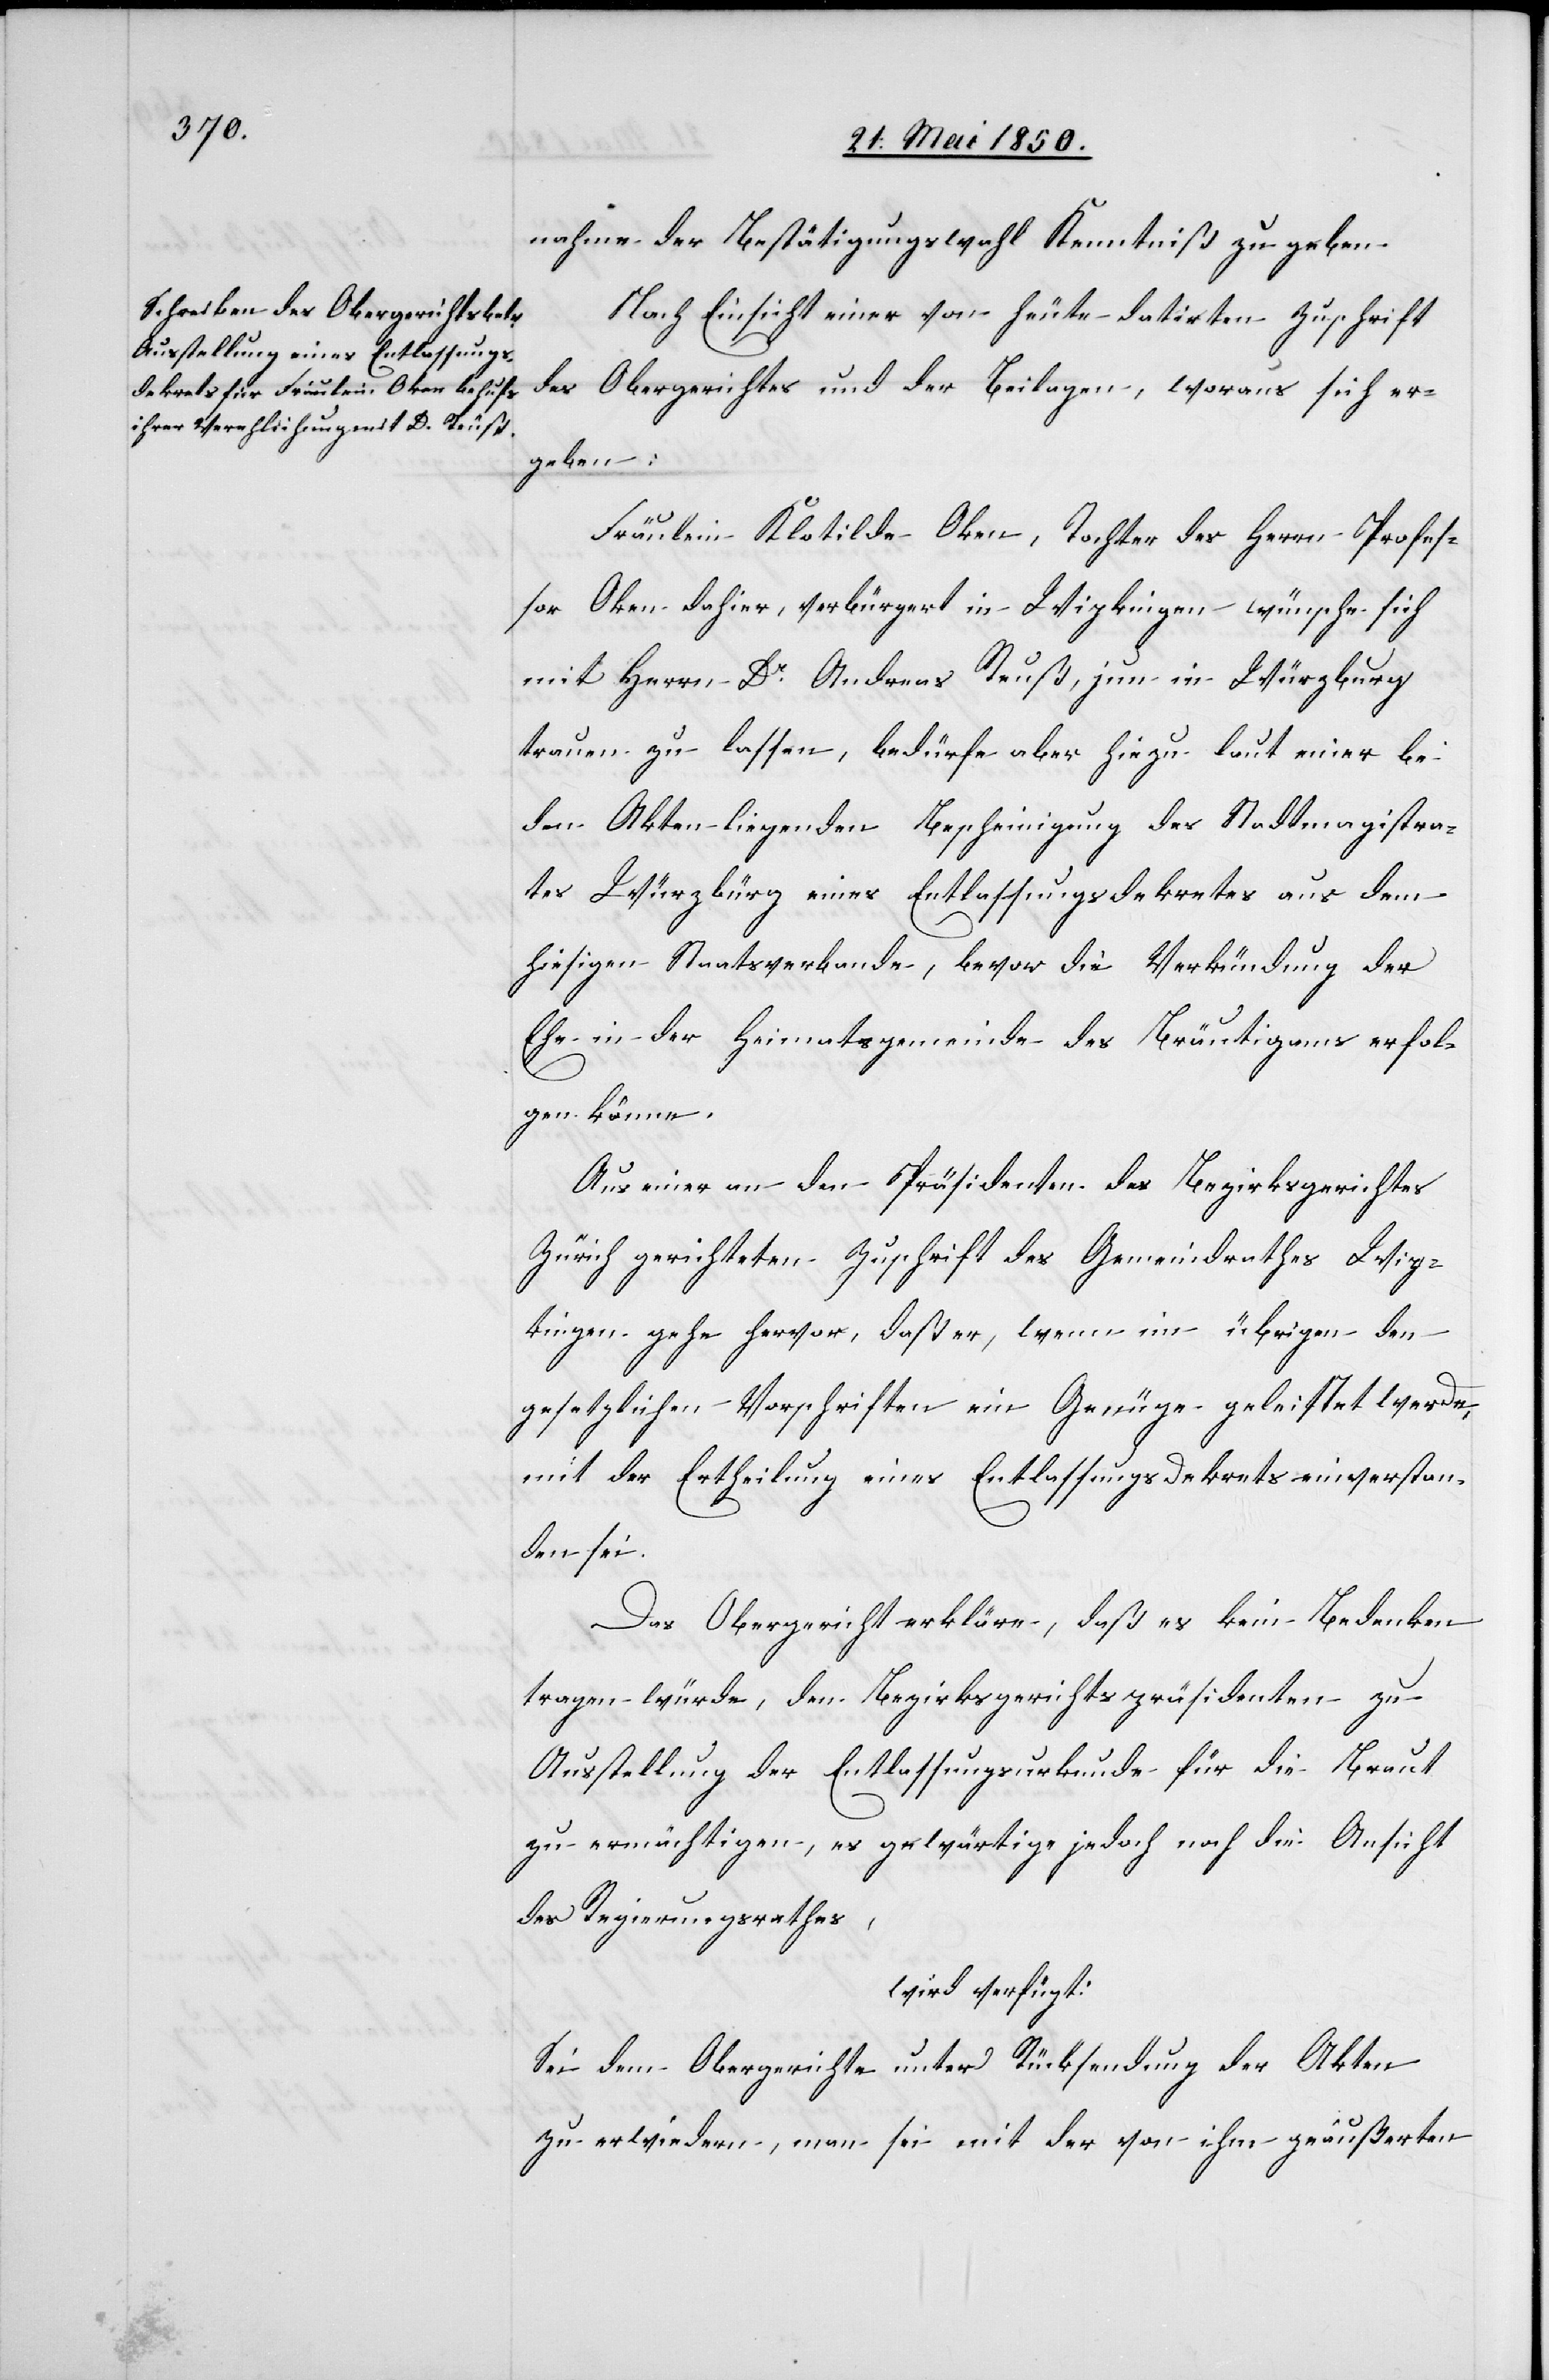
21. Mai 1850.]
nahme der Bestätigungswahl Kenntniß zu geben.
Nach Einsicht einer von heute datirten Zuschrift
des Obergerichtes und der Beilagen, woraus sich er¬
geben:
Fräulein Klotilde Oken, Tochter des Herrn Profes¬
sor Oken dahier, verbürgert in Wipkingen wünsche sich
mit Herrn Dr Andreas Reuß, jun in Würzburg
trauen zu lassen, bedürfe aber hiezu laut einer bei
den Akten liegenden Bescheinigung des Stadtmagistra¬
tes Würzbürg eines Entlassungsdekretes aus dem
hiesigen Staatsverbande, bevor die Verkündung der
Ehe in der Heimatsgemeinde des Bräutigams erfol¬
gen könne.
Aus einer an den Präsidenten des Bezirksgerichtes
Zürich gerichteten Zuschrift des Gemeindrathes Wip¬
kingen gehe hervor, daß er, wenn im übrigen den
gesetzlichen Vorschriften ein Genüge geleistet werde,
mit der Ertheilung eines Entlassungs Dekrets einverstan¬
den sei.
Das Obergericht erkläre, daß es kein Bedenken
tragen würde, den Bezirksgerichtspräsidenten zu
Ausstellung der Entlassungsurkunde für die Braut
zu ermächtigen, es gewärtige jedoch noch die Ansicht
des Regierungsrathes,
wird verfügt:
Sei dem Obergerichte unter Rücksendung der Akten
zu erwiedern, man sei mit der von ihm geäußerten